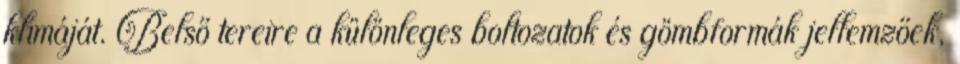
klímáját. Belső tereire a különleges boltozatok és gömbformák jellemzőek,